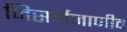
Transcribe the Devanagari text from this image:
निसर्गजाणीव